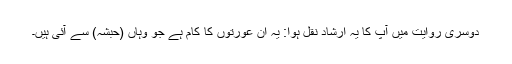
دوسری روایت میں آپ کا یہ ارشاد نقل ہوا: یہ ان عورتوں کا کام ہے جو وہاں (حبشہ) سے آئی ہیں۔